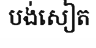
បង់សៀត